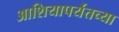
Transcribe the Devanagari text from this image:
आशियापर्यंतच्या